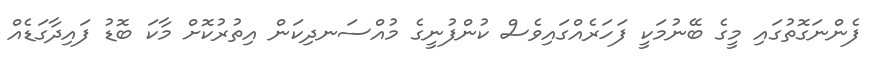
ފެންނަގޮތުގައި މީގެ ބޭނުމަކީ ފަހަރެއްގައިވެސް ކުންފުނީގެ މުއްސަނދިކަން އިތުރުކޮށް މާކަ ބޮޑު ފައިދާގަޑެއް